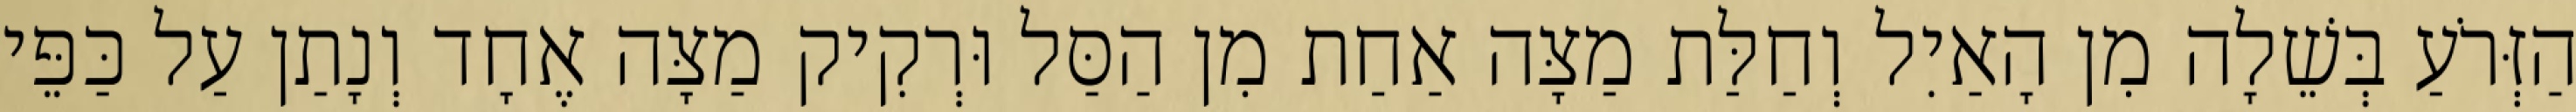
הַזְּרֹעַ בְּשֵׁלָה מִן הָאַיִל וְחַלַּת מַצָּה אַחַת מִן הַסַּל וּרְקִיק מַצָּה אֶחָד וְנָתַן עַל כַּפֵּי